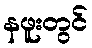
နဖူးတွင်